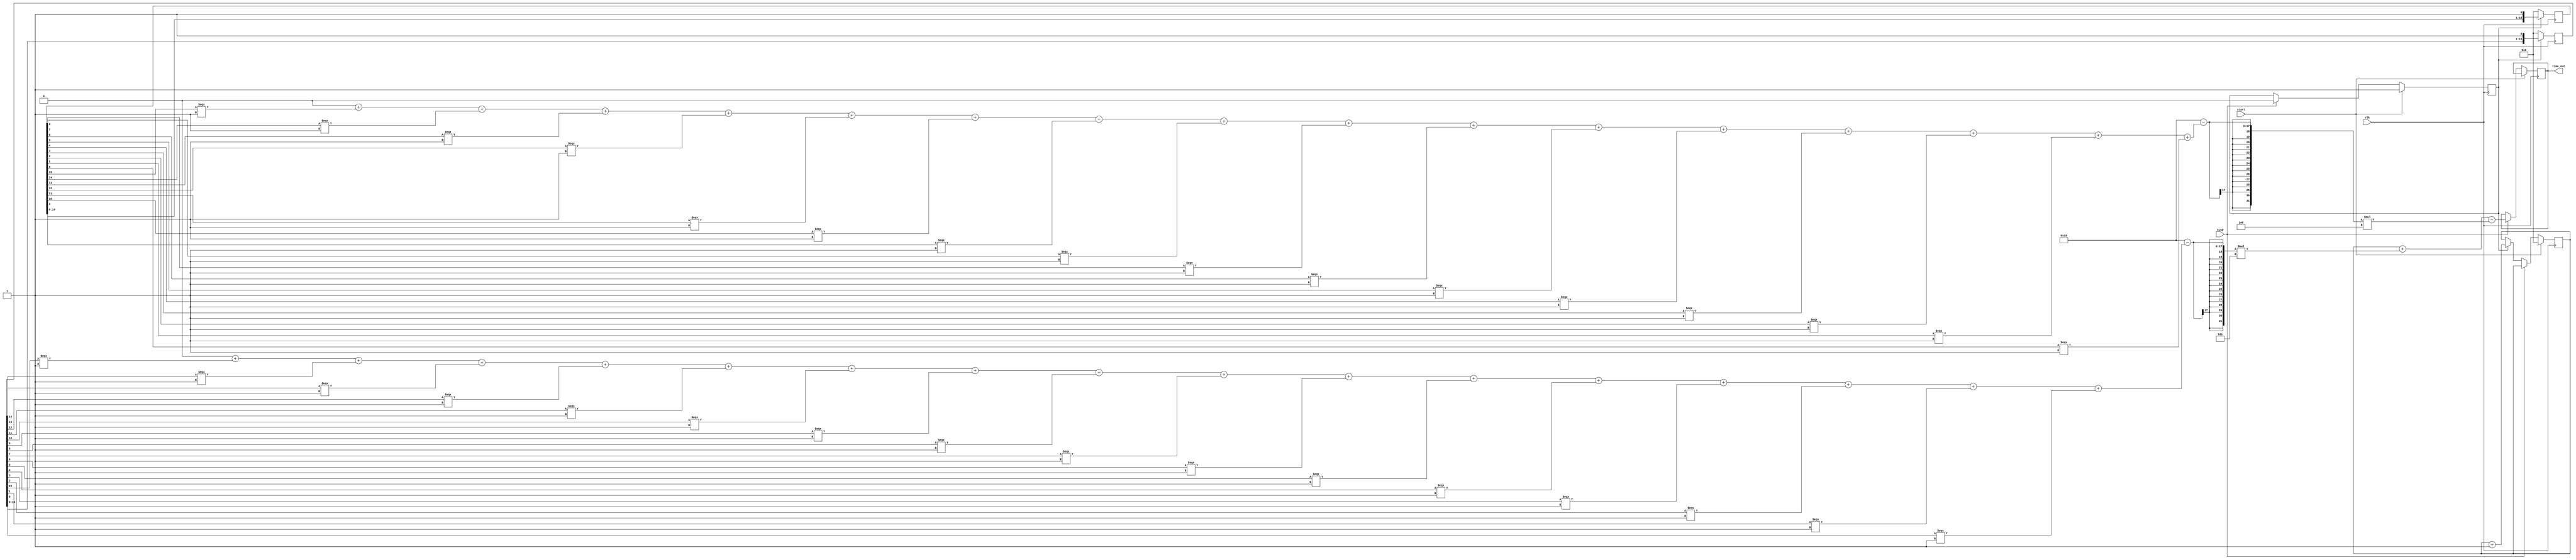
module TDC_Vernier_Delay_Line (
    input wire clk,            // System clock
    input wire start,          // Start signal
    input wire stop,           // Stop signal
    output reg [15:0] time_out // Output time measurement in binary
);

// Parameters
parameter NUM_STAGES_A = 16; // Number of stages in Delay Line A
parameter NUM_STAGES_B = 16; // Number of stages in Delay Line B
parameter DELAY_A = 5;        // Delay for each stage in Delay Line A (in time units)
parameter DELAY_B = 4;        // Delay for each stage in Delay Line B (in time units)

// Internal signals
reg [NUM_STAGES_A-1:0] delay_line_a; // Delay Line A
reg [NUM_STAGES_B-1:0] delay_line_b; // Delay Line B
reg [15:0] counter;                  // Counter for clock cycles
reg measuring;                       // Flag to indicate measuring state

// Initialize outputs
initial begin
    time_out = 0;
    counter = 0;
    measuring = 0;
    delay_line_a = 0;
    delay_line_b = 0;
end

// Delay Line A
always @(posedge clk) begin
    if (measuring) begin
        delay_line_a <= {delay_line_a[NUM_STAGES_A-2:0], 1'b1}; // Shift in a new pulse
    end else begin
        delay_line_a <= 0; // Reset when not measuring
    end
end

// Delay Line B
always @(posedge clk) begin
    if (measuring) begin
        delay_line_b <= {delay_line_b[NUM_STAGES_B-2:0], 1'b1}; // Shift in a new pulse
    end else begin
        delay_line_b <= 0; // Reset when not measuring
    end
end

// Counter Logic
always @(posedge clk) begin
    if (start) begin
        measuring <= 1; // Start measuring
        counter <= 0;   // Reset counter
    end else if (stop) begin
        measuring <= 0; // Stop measuring
        // Calculate time_out based on delay lines and counter
        time_out <= counter + (NUM_STAGES_A - $countones(delay_line_a)) * DELAY_A - (NUM_STAGES_B - $countones(delay_line_b)) * DELAY_B;
    end else if (measuring) begin
        counter <= counter + 1; // Increment counter while measuring
    end
end

endmodule